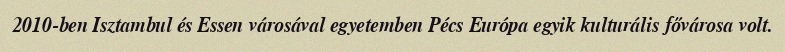
2010-ben Isztambul és Essen városával egyetemben Pécs Európa egyik kulturális fővárosa volt.